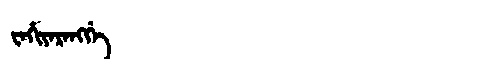
Manchu: ᠸᠠᡥᡳᠶᠠᡵᠠᠩᡤᡝ
Romanization: WAHIYARANGGE